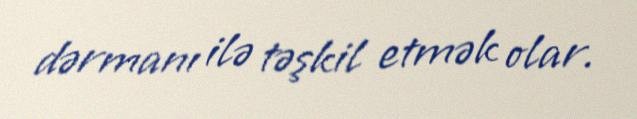
dərmanı ilə təşkil etmək olar.